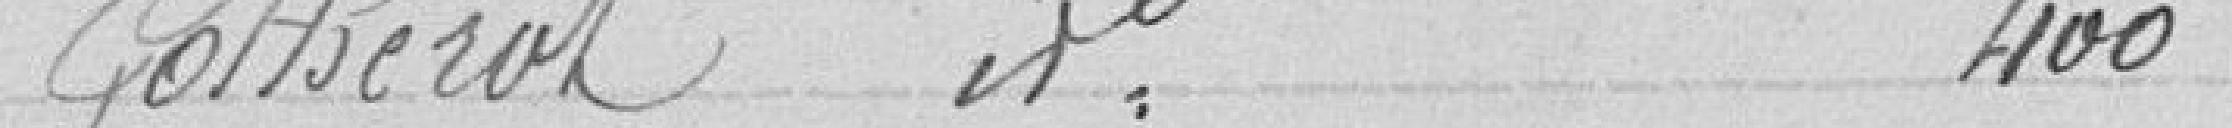
Gotherol   idem    400